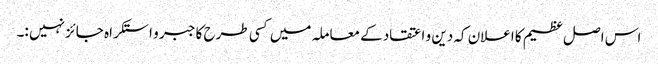
اس اصل عظیم کا اعلان کہ دین و اعتقاد کے معاملہ میں کسی طرح کا جبر و استکراہ جائز نہیں :۔